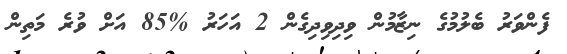
ފެންވަރު ބެލުމުގެ ނިޒާމުން ވިދިވިދިގެން 2 އަހަރު %85 އަށް ވުރެ މަތިން